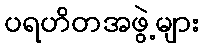
ပရဟိတအဖွဲ့များ